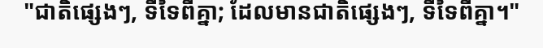
"ជាតិផ្សេងៗ, ទីទៃពីគ្នា; ដែលមានជាតិផ្សេងៗ, ទីទៃពីគ្នា។"